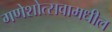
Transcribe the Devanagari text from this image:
गणेशोत्सवामधील